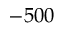
- 5 0 0